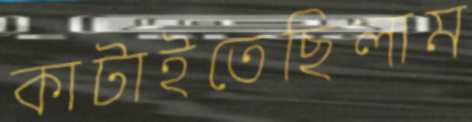
কাটাইতেছিলাম